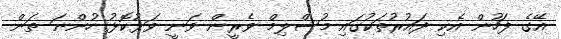
އޭގެ ފަހުން އެކި ދައުރުތަކުގައި މުސްލިމް ވެރީން ވަނީ ވަޅުކޮޅު ހުންނަ ތަން